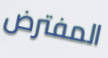
المفترض